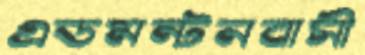
এডমন্টনবাসী